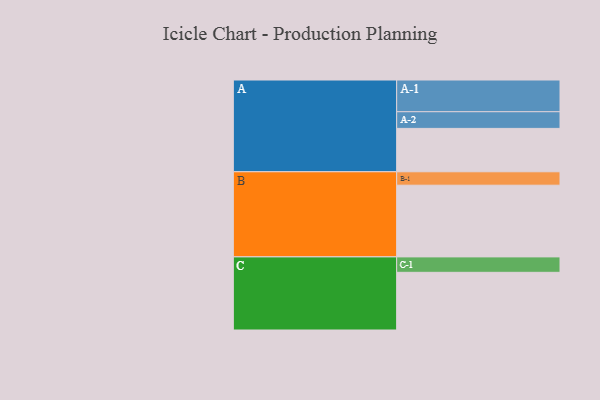
{"axis": {"x": "Segment", "y": "Value"}, "legend": ["", "A", "B", "C"], "data": [{"x": "A", "y": 346, "type": ""}, {"x": "B", "y": 572, "type": ""}, {"x": "C", "y": 460, "type": ""}, {"x": "A-1", "y": 253, "type": "A"}, {"x": "A-2", "y": 133, "type": "A"}, {"x": "B-1", "y": 107, "type": "B"}, {"x": "C-1", "y": 123, "type": "C"}]}